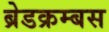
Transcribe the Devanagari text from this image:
ब्रेडक्रम्बस